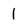
Character: 1